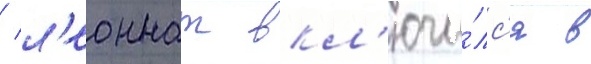
/ л'еоннат вкл'ючи́лс'я в